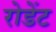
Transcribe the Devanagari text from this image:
रोडेंट